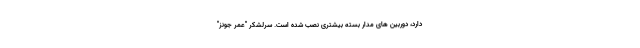
دارد، دوربین های مدار بسته بیشتری نصب شده است. سرلشکر "عمر جونز"